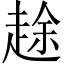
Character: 䞮